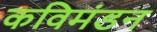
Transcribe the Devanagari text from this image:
कविमंडन